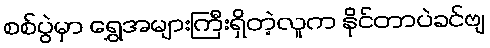
စစ်ပွဲမှာ ရွှေအများကြီးရှိတဲ့လူက နိုင်တာပဲခင်ဗျ